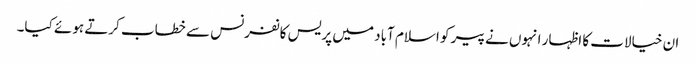
ان خیالات کا اظہار انہوں نے پیر کو اسلام آباد میں پریس کانفرنس سے خطاب کرتے ہوئے کیا۔